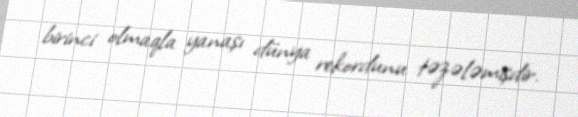
birinci olmaqla yanaşı dünya rekordunu təzələmişdir.